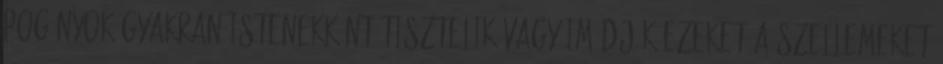
pogányok gyakran istenekként tisztelik vagy imádják ezeket a szellemeket